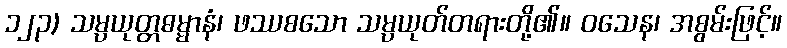
၁၂၃) သမ္ပယုတ္တဓမ္မာနံ၊ ဖဿစသော သမ္ပယုတ်တရားတို့၏။ ဝသေန၊ အစွမ်းဖြင့်။